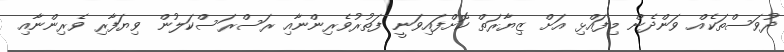
ދުވަސްތަކެއް ވަންދެން މިފައްޅި އަށް ޒިޔާރަތް ކޮށްފައިވަނީ ފަތުރުވެރިންނާއި ރަސްރަސްކަލުން ވިޔަފާރި ވެރިންނާއި